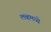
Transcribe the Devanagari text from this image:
लव्हमध्ये